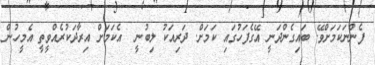
ފެންނަކަމަށްވޭ. ބައިގެންދަނީ އޭގެފަހުގައި ކަމަށް. ދަރިއަކު ލިބުނީ  އެކަމަށް އިރާދަކުރެއްވީތީ އެމީހުން